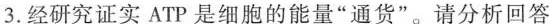
3.经研究证实ATP是细胞的能量”通货”。请分析回答